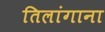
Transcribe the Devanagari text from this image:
तिलांगाना